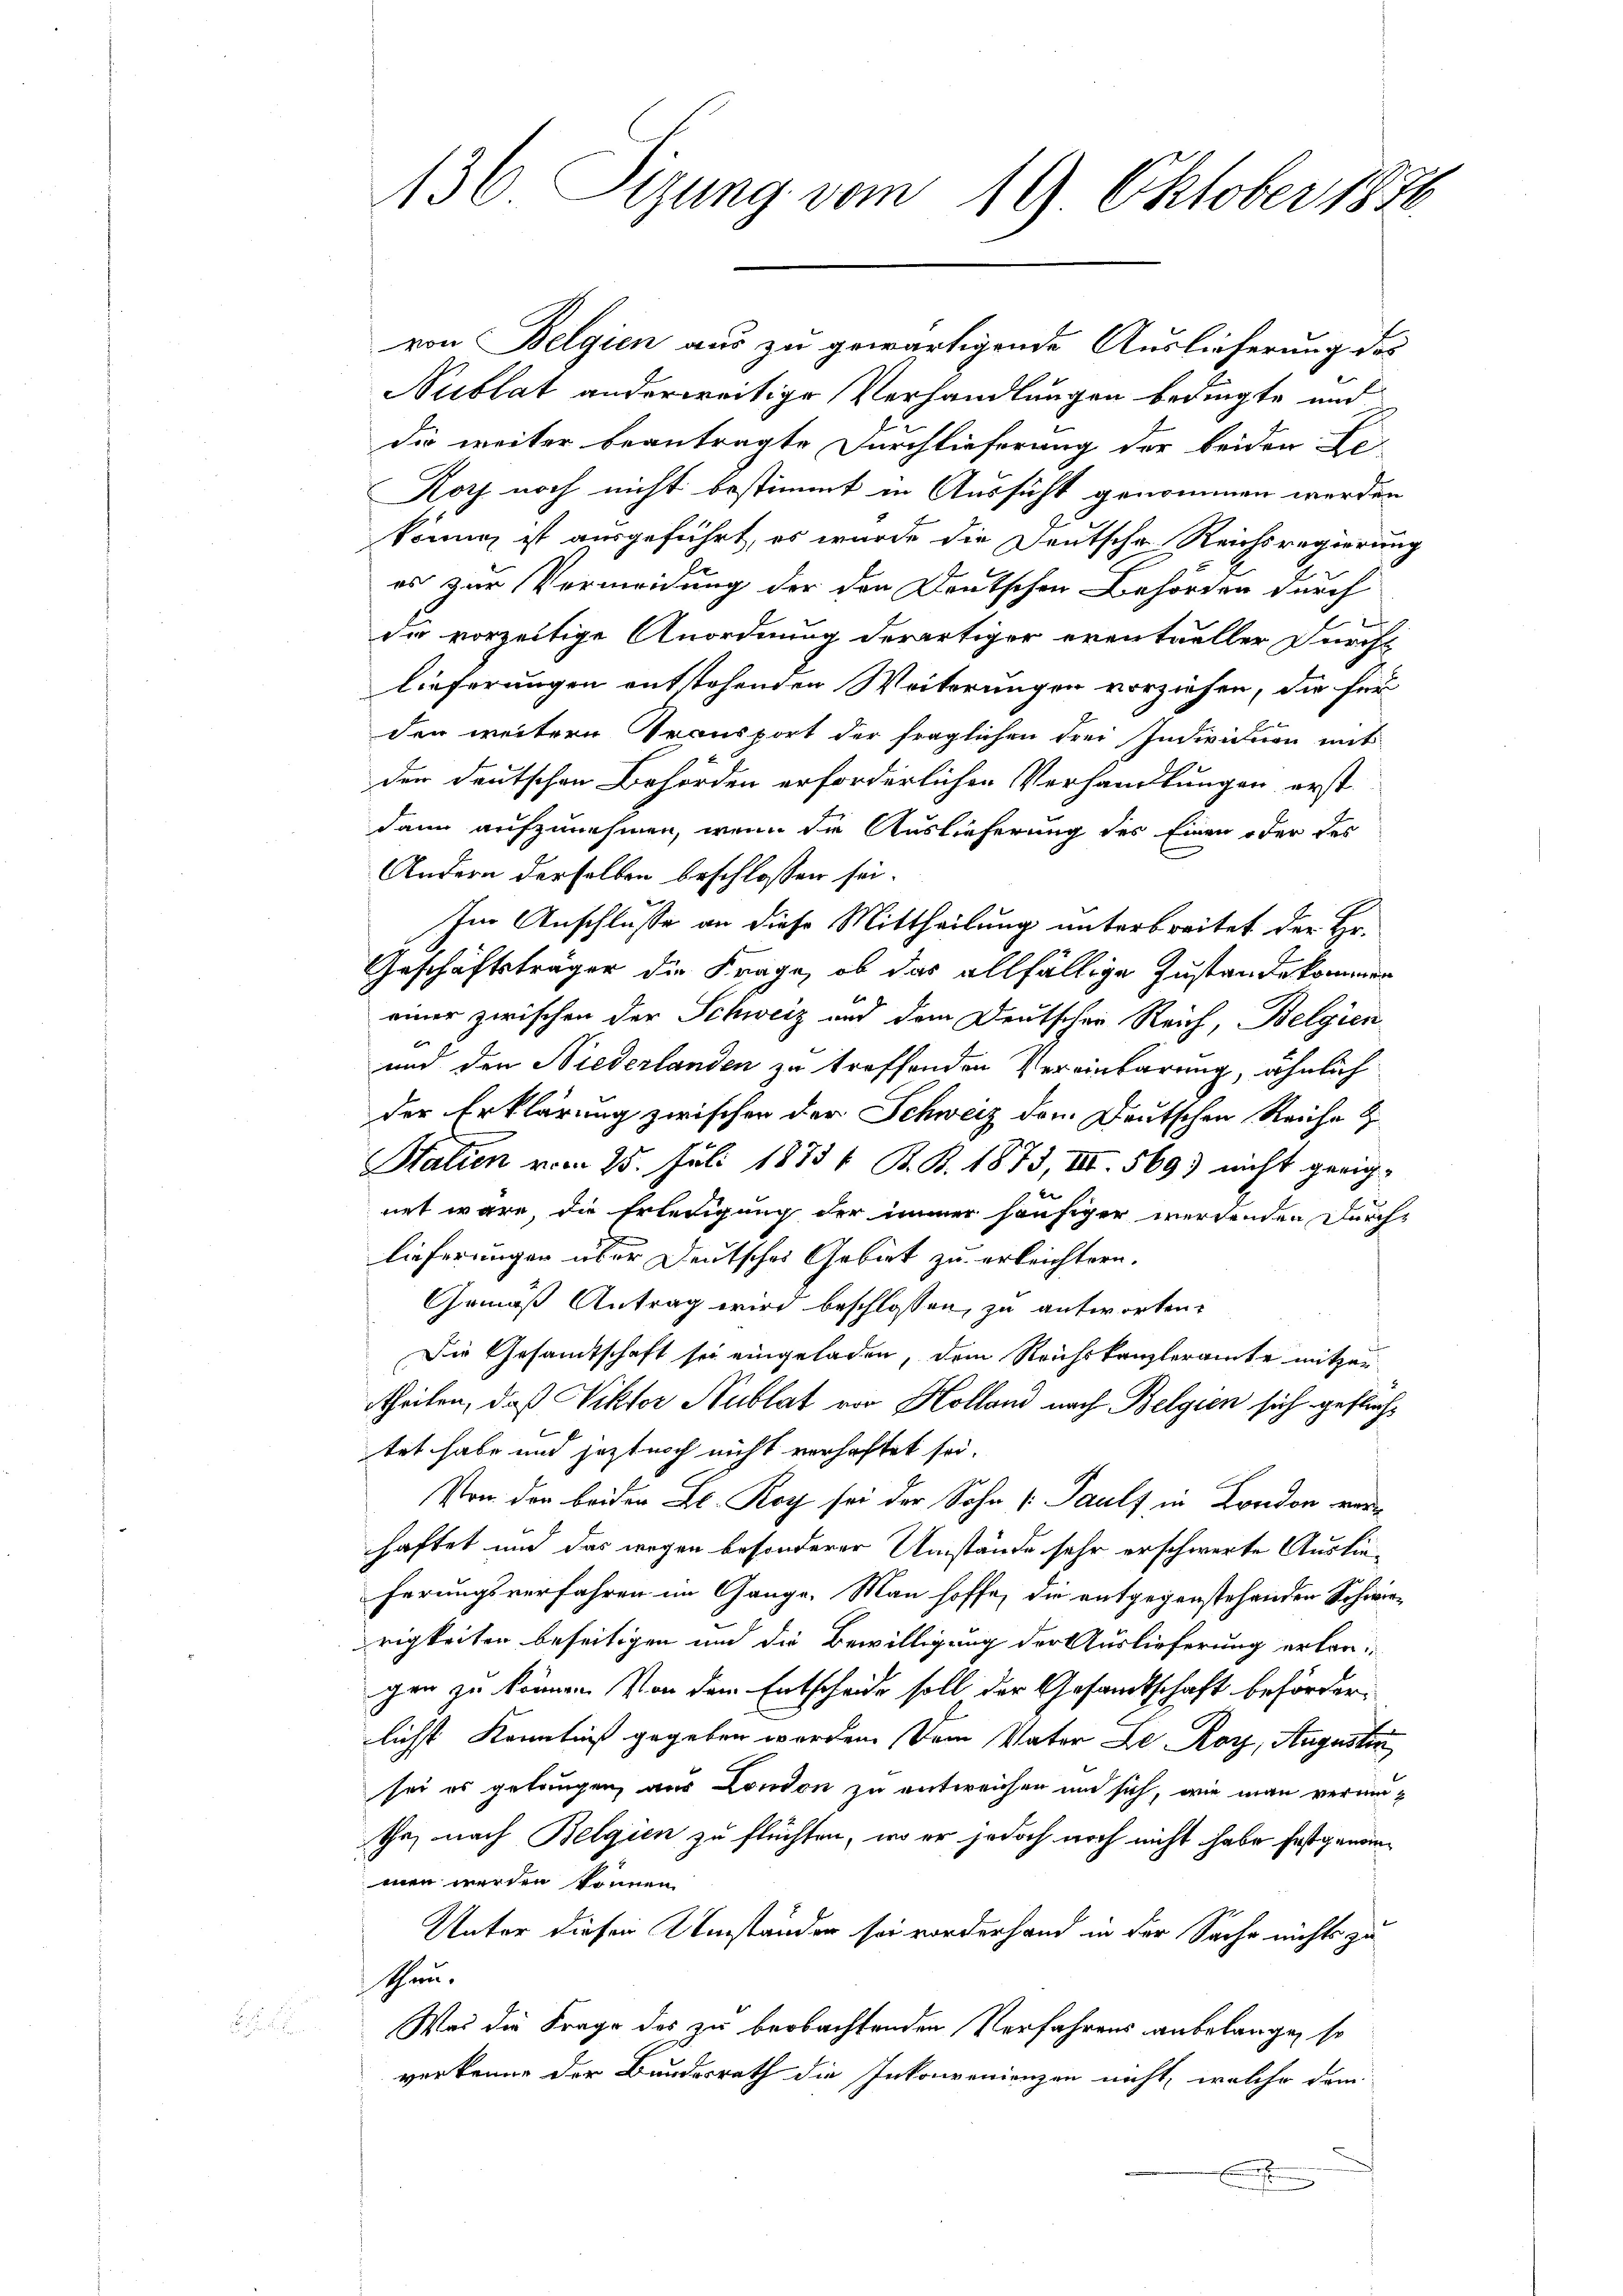
136. Sizung vom 19. Oktober 1890.

von Belgien aus zu gewärtigende Auslieferung des
Nublat anderweitige Verhandlungen bedingte und
Die weiter beantragte Durchlieferung der beiden Be-
Koch noch nicht bestimmt in Aussicht genommen werden
können ist ausgeführt, es wurde die Deutsche Reichsregierung
es zur Vermeidung der den Deutschen Behörden durch
die vorzeitige Anordnung derartiger eventueller Durchs
lieferungen entstehenden Weiterungen vorziehen, die für
den weitern Transport der fraglichen Frei Individiren mit
der Deutschen Behörden erforderlichen Verhandlungen erst
dann aufzunehmen, wenn die Auslieferung des Einen oder des
Andern derselben beschlossen sei.
Im Anschlusse an diese Mittheilung unterbreitet der Er-
Geschäftsträger die Frage, ob das allfällige Zustande kommen
einer zwischen der Schweiz und dem Deutschen Reich, Belgien
und den Niederlanden zu treffenden Vereinbarung, ähnlich
der Erklärung zwischen der Schweiz dem Deutschen Reiche Z
Stalien vom 25. Juli 1873 / B. B. 1873, III 569) nicht geeignet wäre, die Erledigung der immer häufiger werdenden Durchlieferungen über Deutsches Gebiet zu erleichtern.
Gemäß Antrag wird beschlossen, zu antworten.
Die Gesandtschaft sie eingeladen, dem Reichskanzleramte mitzer
theilen, daß Viktor Nublat vor Kolland nach Belgien sich geflüchtet habe und jezt noch nicht verhaftet sei.
Von der beiden Bl. Roy sei der Sohn Pauls in London verhaftet und das wegen besonderer Umstände sehr erschwerte Auslieferungsverfahren im Gange. Man hoffe, die entgegenstehenden Schwierigkeiten beseitigen und die Bewilligung der Auslieferung erkan
gen zu können. Von dem Entscheide soll der Gesamtschaft beförderlichst Kenntniß gegeben worden. Dem Vater Le. Ror, Augustin
sei es gelangen, aus London zu entweichen und sich, wie man veruntha, nach Belgien zu flüchten, wo er jedoch noch nicht habe festgenommen werden können.
Unter dieser Umständen sei vorderhand in der Sache nichts zu
stchen.
Was die Frage des zu beobachtenden Verfahrens anbelange, so
verkenne der Bundesrath die Inkonvenienzen nicht, welche dem
B